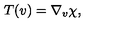
T ( v ) = \nabla _ { v } \chi ,